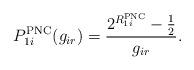
LaTeX: \begin{align*}P_{1i}^{\mathrm{PNC}}(g_{ir})=\frac{2^{R_{1i}^{\mathrm{PNC}}}-\frac{1}{2}}{g_{ir}}. \end{align*}